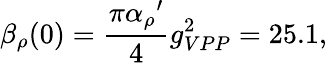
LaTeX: {\beta}_{\rho}(0)={\frac{\pi{{\alpha}_{\rho}}^{\prime}}{4}}{g}_{VPP}^{2}=25.1,